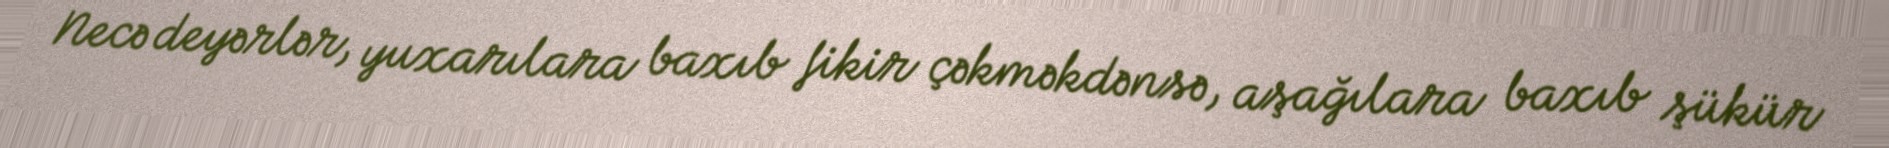
Necə deyərlər, yuxarılara baxıb fikir çəkməkdənsə, aşağılara baxıb şükür